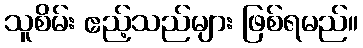
သူစိမ်း ဧည့်သည်များ ဖြစ်ရမည်။